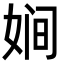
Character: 㛠